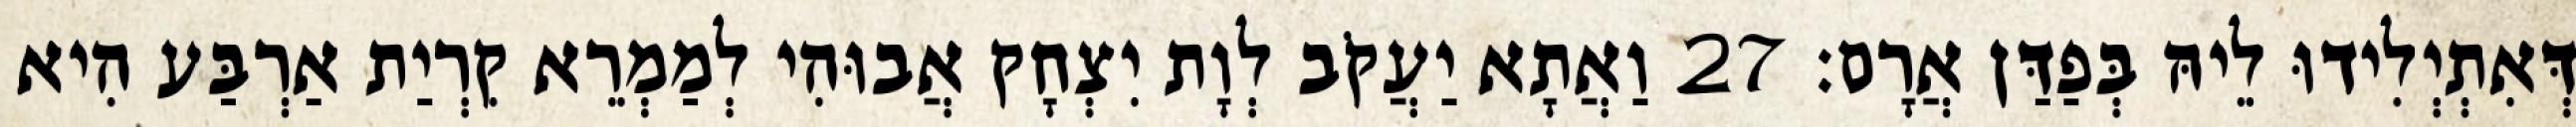
דְּאִתְיְלִידוּ לֵיהּ בְּפַדַּן אֲרָם׃ 27 וַאֲתָא יַעֲקֹב לְוָת יִצְחָק אֲבוּהִי לְמַמְרֵא קִרְיַת אַרְבַּע הִיא